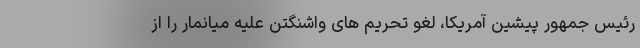
رئیس جمهور پیشین آمریکا، لغو تحریم های واشنگتن علیه میانمار را از